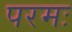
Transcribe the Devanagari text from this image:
परमः